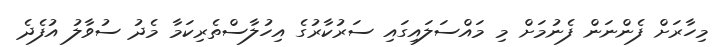
މިހާރަށް ފެންނަން ފެނުމަށް މި މައްސަލައިގައި ސަރުކާރުގެ އިހުލާސްތެރިކަމާ މެދު ސުވާލު އުފެދެ